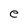
Character: e